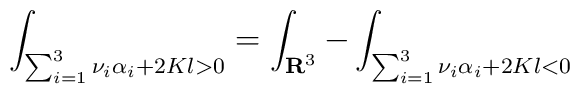
\int_{\sum_{i=1}^{3}\nu_{i}\alpha_{i}+2Kl>0}=\int_{{\bf R}^{3}}-\int_{\sum_{i=1}^{3}\nu_{i}\alpha_{i}+2Kl<0}